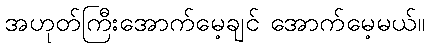
အဟုတ်ကြီးအောက်မေ့ချင် အောက်မေ့မယ်။